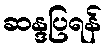
ဆန္ဒပြရန်